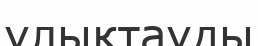
ұлықтауды